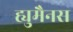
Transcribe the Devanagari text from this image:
ह्युमैनस